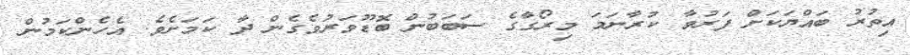
އިތުރު ބައްޔަކަށް ފަރުވާ ކުރާނަމަ މިރޯގާގެ ސަބަބުން ބޮޑޫވަރުވެގެން ދާ ކަމަށެވެ. އެހެންކަމުން